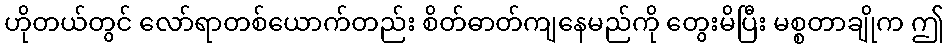
ဟိုတယ်တွင် လော်ရာတစ်ယောက်တည်း စိတ်ဓာတ်ကျနေမည်ကို တွေးမိပြီး မစ္စတာချိုက ဤ